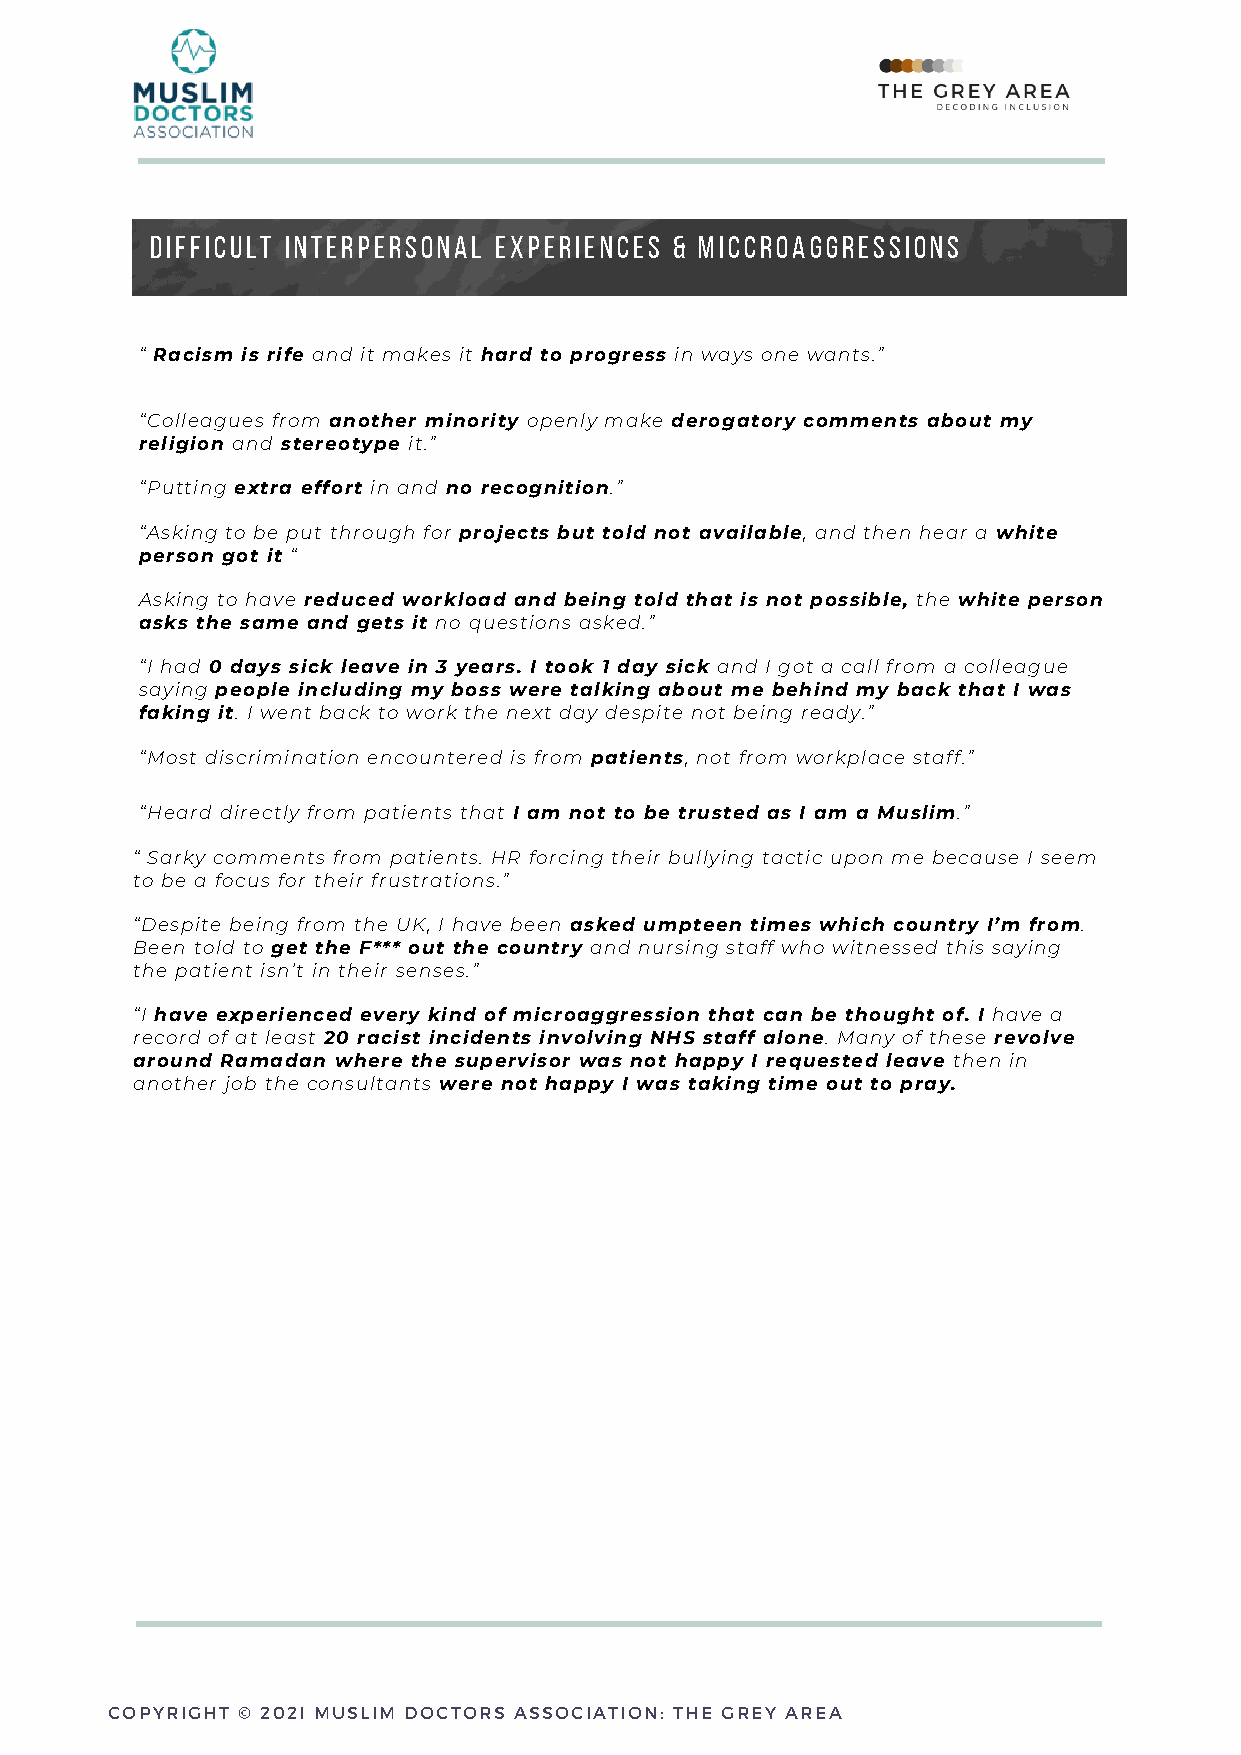
DIFFICULT INTERPERSONAL EXPERIENCES & MICCROAGGRESSIONS
 “ Racism is rife and it makes it hard to progress in ways one wants.”
 “Colleagues from another minority openly make derogatory comments about my
 religion and stereotype it.”
 “Putting extra effort in and no recognition.”
 “Asking to be put through for projects but told not available, and then hear a white
 person got it “
 Asking to have reduced workload and being told that is not possible, the white person
 asks the same and gets it no questions asked.”
 “I had 0 days sick leave in 3 years. I took 1 day sick and I got a call from a colleague
 saying people including my boss were talking about me behind my back that I was
 faking it. I went back to work the next day despite not being ready.”
 “Most discrimination encountered is from patients, not from workplace staff.”
 “Heard directly from patients that I am not to be trusted as I am a Muslim.”
 “ Sarky comments from patients. HR forcing their bullying tactic upon me because I seem
 to be a focus for their frustrations.”
 “Despite being from the UK, I have been asked umpteen times which country I’m from.
 Been told to get the F*** out the country and nursing staff who witnessed this saying
 the patient isn’t in their senses.”
 “I have experienced every kind of microaggression that can be thought of. I have a
 record of at least 20 racist incidents involving NHS staff alone. Many of these revolve
 around Ramadan where the supervisor was not happy I requested leave then in
 another job the consultants were not happy I was taking time out to pray.
 COPYRIGHT © 202I MUSLIM DOCTORS ASSOCIATION: THE GREY AREA